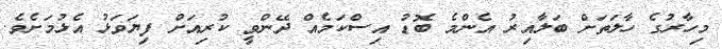
މިހާރުގެ ހާލަތަށް ބަލާއިރު އެންމެ ބޮޑު އިސްކަމެއް ދޭންވީ ކުރިއަށް ފިޔަވަޅު އެޅުމަށެވެ.